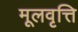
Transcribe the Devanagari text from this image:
मूलवृत्ति